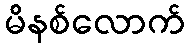
မိနစ်လောက်